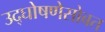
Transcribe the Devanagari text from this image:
उद्घोषणेसोबत